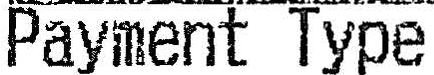
PAYMENT TYPE